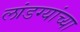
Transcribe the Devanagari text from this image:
लांडग्यांच्या